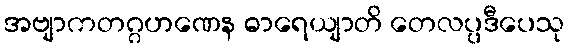
အဗျာကတဂ္ဂဟဏေန ဓာရေယျာတိ တေလပ္ပဒီပေသု